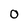
Character: 0